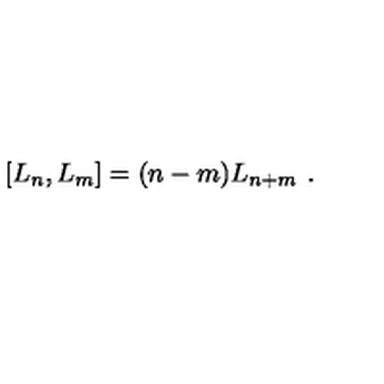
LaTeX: [ L _ { n } , L _ { m } ] = ( n - m ) L _ { n + m } \ .